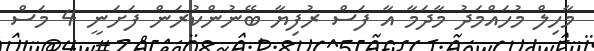
މާހިލް މުހައްމަދު މާދަމާ އާ ފަސް ރުފިޔާ ބޭނުންކުރަން ފަށަނީ 4 މަސް